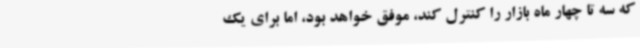
که سه تا چهار ماه بازار را کنترل کند، موفق خواهد بود، اما برای یک